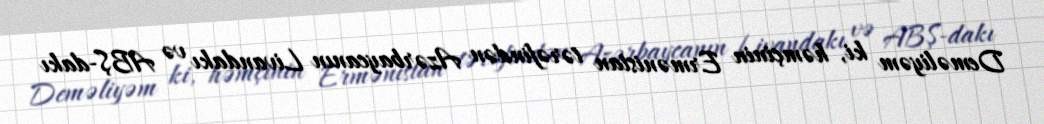
Deməliyəm ki, həmçinin Ermənistan tərəfindən Azərbaycanın Livandakı və ABŞ-dakı